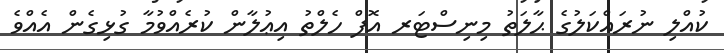
ކުއްލި ނުރައްކަލުގެ ޙާލަތު މިނިސްޓަރ އޮފް ހެލްތު އިޢުލާން ކުރެއްވުމާ ގުޅިގެން އެއްވެ